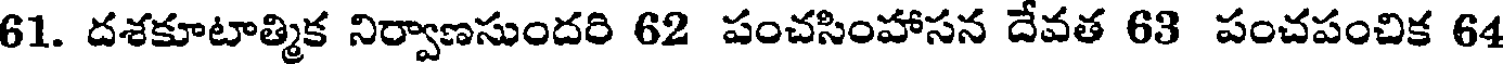
61. దశకూటాత్మిక నిర్వాణసుందరి 62 పంచసింహాసన దేవత 63 పంచపంచిక 64